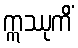
ဣဿုကိံ